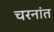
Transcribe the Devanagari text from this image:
चरनांत